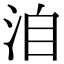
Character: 洎